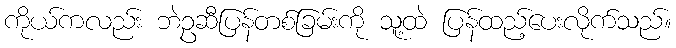
ကိုယ်ကလည်း ဘဲဥဆီပြန်တစ်ခြမ်းကို သူ့ထဲ ပြန်ထည့်ပေးလိုက်သည်။